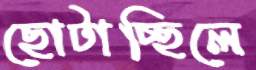
ছোটাচ্ছিলে